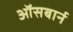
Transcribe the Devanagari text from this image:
ऑसबार्न